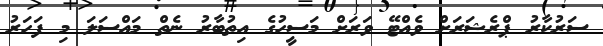
ސަރުކާރު ޕްރެޝަރަށް ވެއްޓޭ ވަރަށް މަސީހުގެ އިތުބާރު ނެތް މައްސަލަ މި ފަހަރު